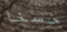
حسنا